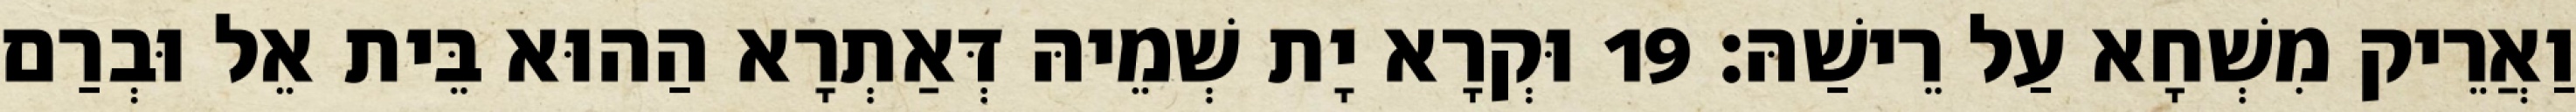
וַאֲרֵיק מִשְׁחָא עַל רֵישַׁהּ׃ 19 וּקְרָא יָת שְׁמֵיהּ דְּאַתְרָא הַהוּא בֵּית אֵל וּבְרַם